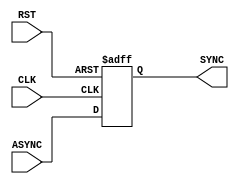
module Bit_Sync #( parameter  NUM_STAGES = 1,  BUS_WIDTH = 1)
(
input   wire                      CLK,
input   wire                      RST,
input   wire    [BUS_WIDTH-1:0]   ASYNC,
output  wire    [BUS_WIDTH-1:0]   SYNC
);

reg     [NUM_STAGES-1:0]   Sync_reg;

always @(posedge CLK or negedge RST)
 begin
    if(!RST)
        begin
            Sync_reg <= 'b0 ;
        end
    else
        begin
            Sync_reg <= {Sync_reg[NUM_STAGES-2:0],ASYNC} ;
        end
 end

assign SYNC = Sync_reg[NUM_STAGES-1];

endmodule